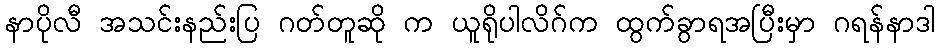
နာပိုလီ အသင်းနည်းပြ ဂတ်တူဆို က ယူရိုပါလိဂ်က ထွက်ခွာရအပြီးမှာ ဂရန်နာဒါ